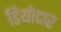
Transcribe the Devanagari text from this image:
डियोदार